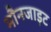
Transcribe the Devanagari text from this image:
मौनजाइट